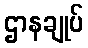
ဌာနချုပ်